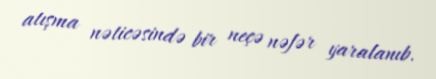
atışma nəticəsində bir neçə nəfər yaralanıb.